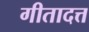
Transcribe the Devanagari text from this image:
गीतादत्त